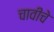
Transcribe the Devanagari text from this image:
चावीचे